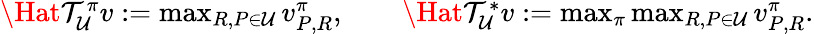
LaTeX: \begin{array}{r}{\Hat{\mathcal{T}}_{\mathcal{U}}^{\pi}v:=\operatorname*{max}_{R,P\in\mathcal{U}}v_{P,R}^{\pi},\qquad\Hat{\mathcal{T}}_{\mathcal{U}}^{*}v:=\operatorname*{max}_{\pi}\operatorname*{max}_{R,P\in\mathcal{U}}v_{P,R}^{\pi}.}\end{array}